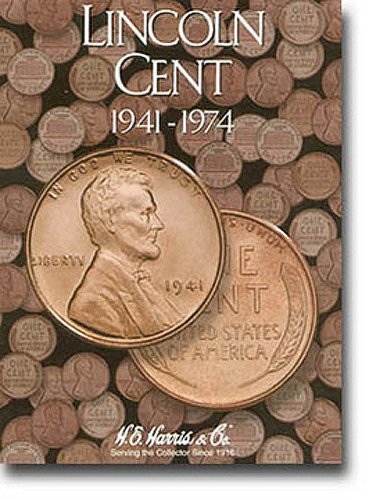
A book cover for Lincoln Cents Folder 1941-1974 (H. E. Harris & Co.); H.E Harris; Crafts, Hobbies & Home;